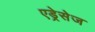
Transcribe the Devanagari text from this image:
एड्रेसेज